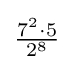
{\tfrac {7^{2}\cdot 5}{2^{8}}}